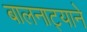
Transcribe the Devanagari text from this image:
बालनाट्याने